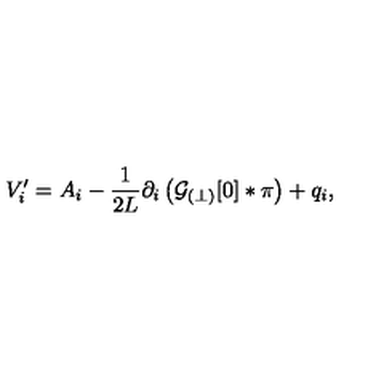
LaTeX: V _ { i } ^ { \prime } = { A } _ { i } - \frac { 1 } { 2 L } \partial _ { i } \left( { \cal G } _ { ( \perp ) } [ 0 ] \ast \pi \right) + q _ { i } ,